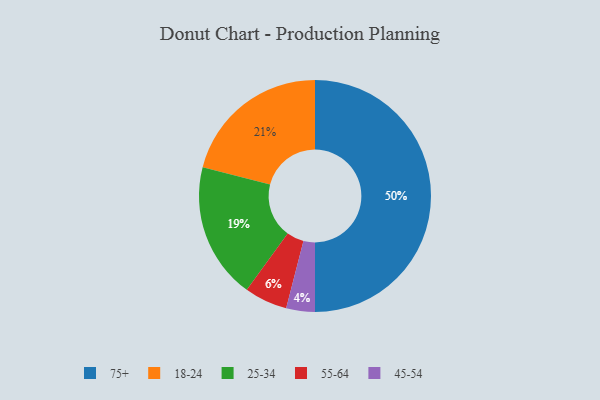
{"axis": {"x": "Category", "y": "Percentage"}, "legend": ["18-24", "25-34", "45-54", "55-64", "75+"], "data": [{"x": "25-34", "y": 19, "type": "25-34"}, {"x": "45-54", "y": 4, "type": "45-54"}, {"x": "55-64", "y": 6, "type": "55-64"}, {"x": "18-24", "y": 21, "type": "18-24"}, {"x": "75+", "y": 50, "type": "75+"}]}